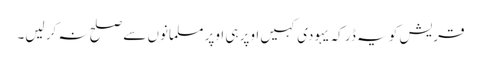
قریش کو یہ ڈر کہ یہودی کہیں اوپر ہی اوپر مسلمانوں سے صلح نہ کر لیں۔